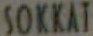
SOKKAT